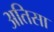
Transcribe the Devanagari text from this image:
अतिसा